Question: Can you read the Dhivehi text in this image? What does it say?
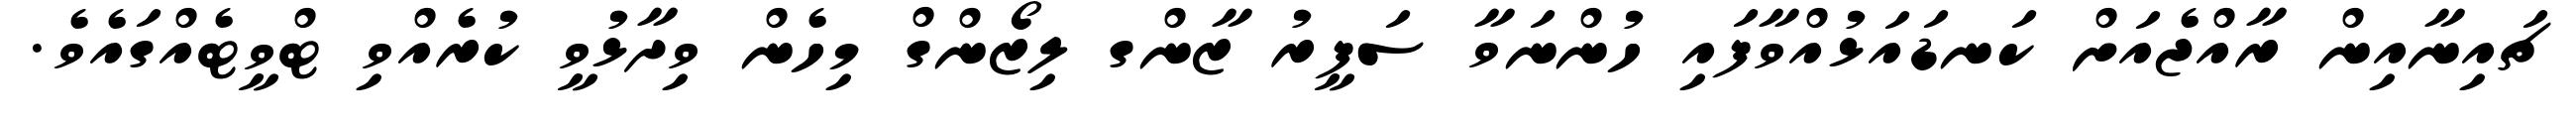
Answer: ޗައިނާއިން ރާއްޖެއަށް ކަނޑައަޅުއްވާފައި ހުންނަވާ ސަފީރު ޒާންގ ލިޒޯންގް މިހެން ވިދާޅުވީ ކުރެއްވި ޓްވީޓެއްގައެވެ.